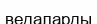
ведаларды